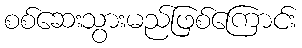
စစ်ဆေးသွားမည်ဖြစ်ကြောင်း